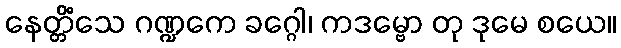
နေတ္တိံသေ ဂဏ္ဍကေ ခဂ္ဂေါ၊ ကဒမ္ဗော တု ဒုမေ စယေ။